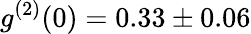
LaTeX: g^{(2)}(0)=0.33\pm 0.06